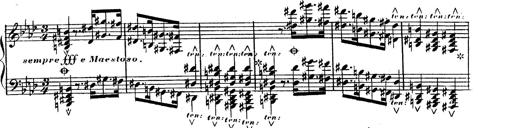
Title: Hexameron, Morceau de Concert
Composer: Franz Liszt